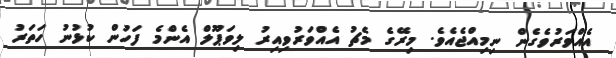
އެއްވަރުވެގެން ނިމިއްޖެއެވެ. މިރޭގެ މެޗު އެއްވަރުވިއިރު ލިވަޕޫލް އެންމެ ފަހުން ކުޅުނު ހަތަރު